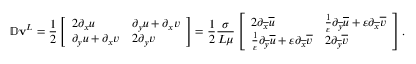
\mathbb { D } \mathbf { v } ^ { L } = \frac { 1 } { 2 } \left[ \begin{array} { l l } { 2 \partial _ { x } u } & { \partial _ { y } u + \partial _ { x } v } \\ { \partial _ { y } u + \partial _ { x } v } & { 2 \partial _ { y } v } \end{array} \right] = \frac { 1 } { 2 } \frac { \sigma } { L \mu } \left[ \begin{array} { l l } { 2 \partial _ { \overline { { x } } } \overline { { u } } } & { \frac { 1 } { \varepsilon } \partial _ { \overline { { y } } } \overline { { u } } + \varepsilon \partial _ { \overline { { x } } } \overline { { v } } } \\ { \frac { 1 } { \varepsilon } \partial _ { \overline { { y } } } \overline { { u } } + \varepsilon \partial _ { \overline { { x } } } \overline { { v } } } & { 2 \partial _ { \overline { { y } } } \overline { { v } } } \end{array} \right] .